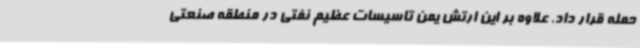
حمله قرار داد. علاوه بر این ارتش یمن تاسیسات عظیم نفتی در منطقه صنعتی